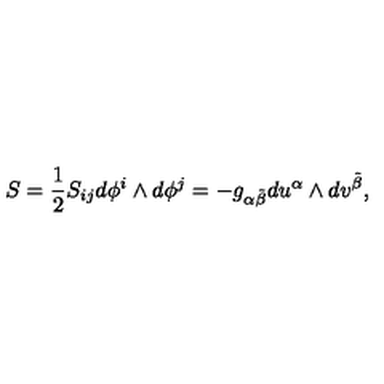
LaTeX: S = \frac { 1 } { 2 } S _ { i j } d \phi ^ { i } \wedge d \phi ^ { j } = - g _ { \alpha \tilde { \beta } } d u ^ { \alpha } \wedge d v ^ { \tilde { \beta } } ,